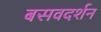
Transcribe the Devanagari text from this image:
बसवदर्शन